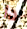
دا